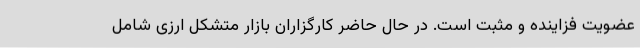
عضویت فزاینده و مثبت است. در حال حاضر کارگزاران بازار متشکل ارزی شامل